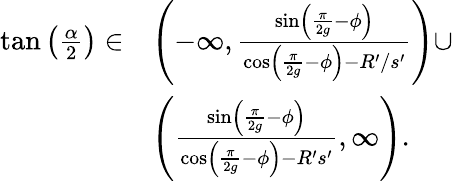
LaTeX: \begin{array}{rl}{\tan\left(\frac{\alpha}{2}\right)\in}&{\left(-\infty,\frac{\sin\left(\frac{\pi}{2g}-\phi\right)}{\cos\left(\frac{\pi}{2g}-\phi\right)-R^{\prime}/s^{\prime}}\right)\cup}\\ &{\left(\frac{\sin\left(\frac{\pi}{2g}-\phi\right)}{\cos\left(\frac{\pi}{2g}-\phi\right)-R^{\prime}s^{\prime}},\infty\right).}\end{array}